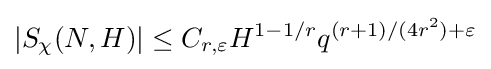
|S_{\chi }(N,H)|\leq C_{r,\varepsilon }H^{1-1/r}q^{(r+1)/(4r^{2})+\varepsilon }